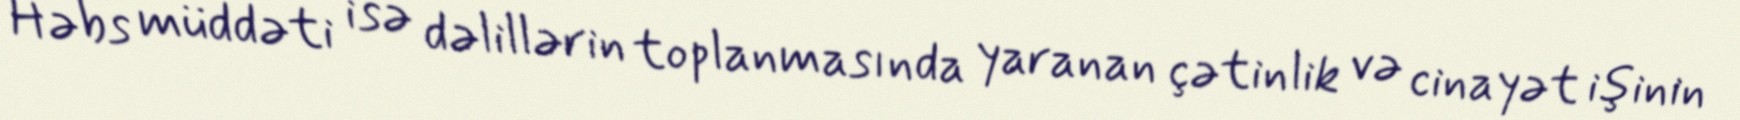
Həbs müddəti isə dəlillərin toplanmasında yaranan çətinlik və cinayət işinin